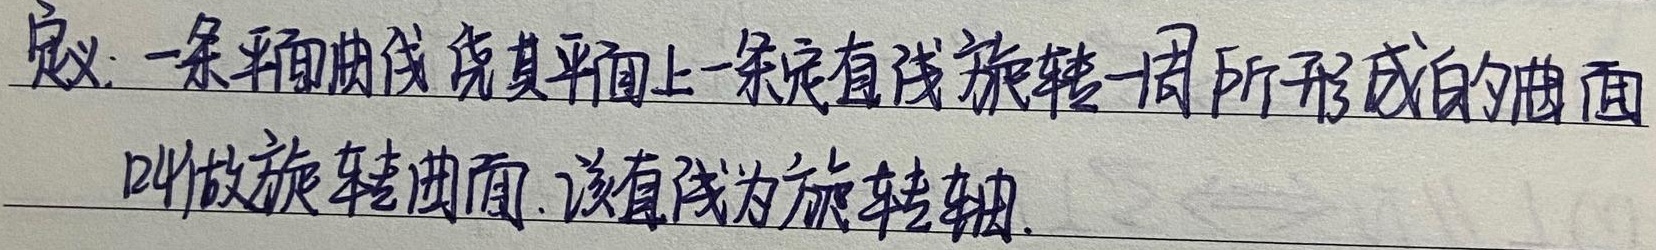
定义：一条平面曲线绕其平面上一条定直线旋转一周所形成的曲面叫做旋转曲面。该直线为旋转轴。